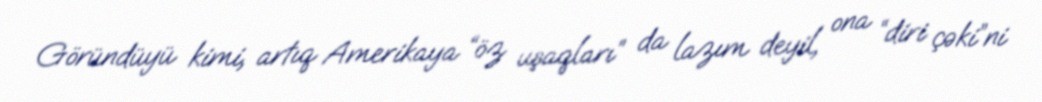
Göründüyü kimi, artıq Amerikaya “öz uşaqları” da lazım deyil, ona “diri çəki”ni